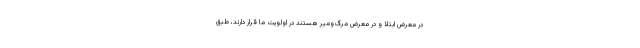
در معرض ابتلا و در معرض مرگ‌ومیر هستند در اولویت ما قرار دارند، طبق